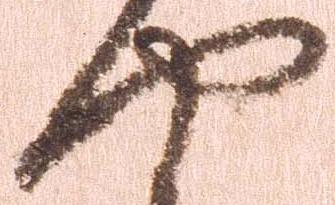
や